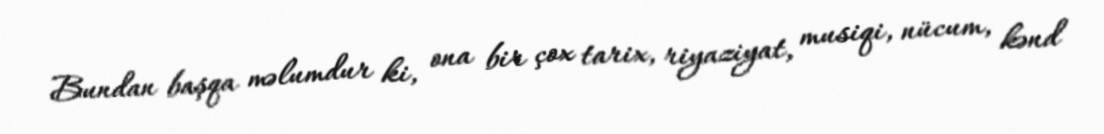
Bundan başqa məlumdur ki, ona bir çox tarix, riyaziyat, musiqi, nücum, kənd